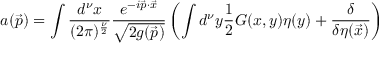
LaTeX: a ( \vec { p } ) = \int { \frac { d ^ { \nu } x } { ( 2 \pi ) ^ { \frac { \nu } { 2 } } } } { \frac { e ^ { - i \vec { p } \cdot \vec { x } } } { \sqrt { 2 g ( \vec { p } ) } } } \left( \int d ^ { \nu } y { \frac { 1 } { 2 } } G ( x , y ) \eta ( y ) + { \frac { \delta } { \delta \eta ( \vec { x } ) } } \right)